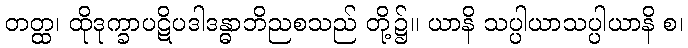
တတ္ထ၊ ထိုဒုက္ခာပဋိပဒါဒန္ဓာဘိညစသည် တို့၌။ ယာနိ သပ္ပါယာသပ္ပါယာနိ စ၊